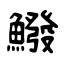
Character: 鱍